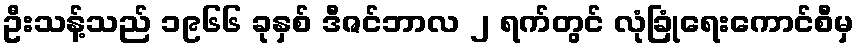
ဦးသန့်သည် ၁၉၆၆ ခုနှစ် ဒီဇင်ဘာလ ၂ ရက်တွင် လုံခြုံရေးကောင်စီမှ